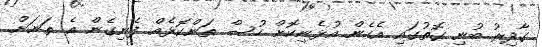
ގާދިރު ބުނި ގޮތުގައި އެހެން އުޅެނިކޮށް ހުސް ތަންކޮޅެއް ފެނިގެން އެ ތަނަށް